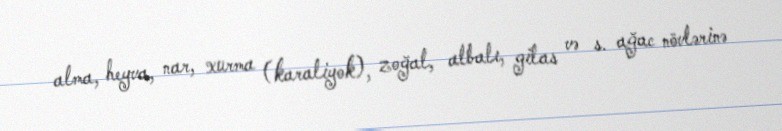
alma, heyva, nar, xurma (karaliyok), zoğal, albalı, gilas və s. ağac növlərinə